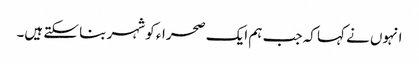
انہوں نے کہا کہ جب ہم ایک صحراء کو شہر بنا سکتے ہیں۔